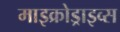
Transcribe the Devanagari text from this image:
माइक्रोड्राइव्स